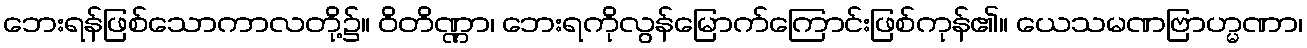
ဘေးရန်ဖြစ်သောကာလတို့၌။ ဝိတိဏ္ဏာ၊ ဘေးရကိုလွန်မြောက်ကြောင်းဖြစ်ကုန်၏။ ယေသမဏဗြာဟ္မဏာ၊